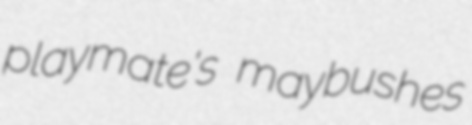
playmate's maybushes